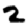
Digit: 2